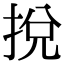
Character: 挩